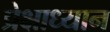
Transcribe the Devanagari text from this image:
प्रेक्षाध्यान